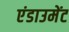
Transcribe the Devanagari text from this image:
एंडाउमेंट